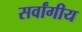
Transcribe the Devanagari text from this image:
सर्वांगीय